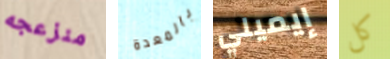
منزعجه بالمعدة إيميلي كل